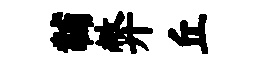
黼弊丘